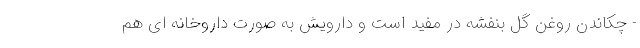
- چکاندن روغن گل بنفشه در مفید است و دارویش به صورت داروخانه ای هم